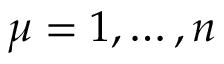
\mu = 1 , \dots , n